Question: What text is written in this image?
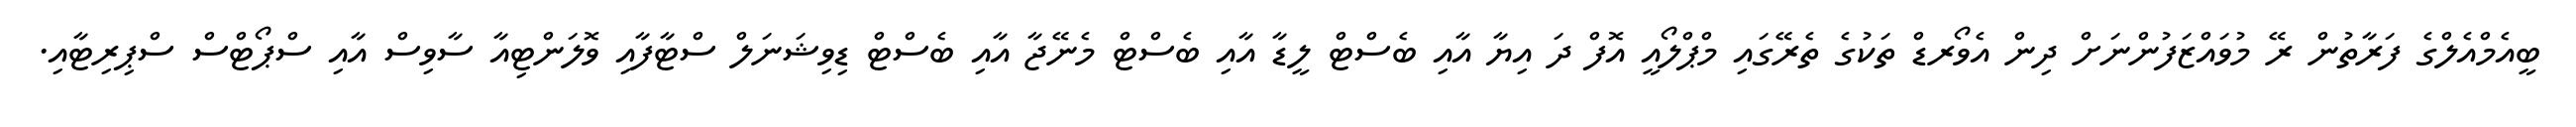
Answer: ބީއެމްއެލްގެ ފަރާތުން ރޭ މުވައްޒަފުންނަށް ދިން އެވޯރޑް ތަކުގެ ތެރޭގައި މްޕްލޯއީ އޮފް ދަ އިޔާ އާއި ބެސްޓް ލީޑާ އާއި ބެސްޓް މެނޭޖާ އާއި ބެސްޓް ޑިވިޝަނަލް ސްޓާފާއި ވޮލަންޓިއާ ސާވިސް އާއި ސްޕޯޓްސް ސްޕިރިޓާއި.